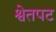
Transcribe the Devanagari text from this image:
श्वेतपट